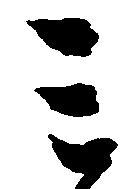
ミ